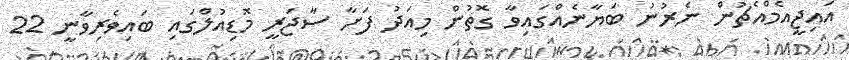
އައިޖީއެމްއެޗުން ނެރުނު ބަޔާނެއްގައިވާ ގޮތުން މިއަދު ފަށާ ސާޖަރީ މޮޑިއުލްގައި ބައިވެރިވާނީ 22